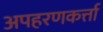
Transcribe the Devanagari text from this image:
अपहरणकर्त्ता